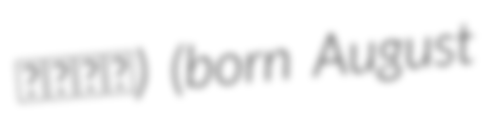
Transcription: طيبي) (born August